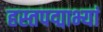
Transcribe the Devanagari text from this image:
हस्तपद्माभ्यां